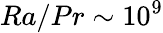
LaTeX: Ra/Pr\sim 10^{9}